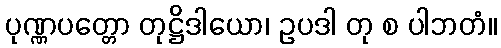
ပုဏ္ဏပတ္တော တုဋ္ဌိဒါယော၊ ဥပဒါ တု စ ပါဘတံ။